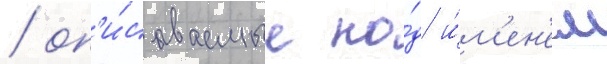
/ оп'и́сываемые по́д и́м'ен'ем